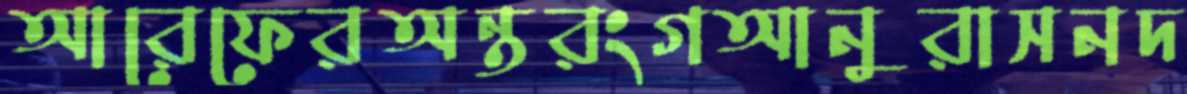
আরেফেরঅন্তরংগআনুরাসনদ